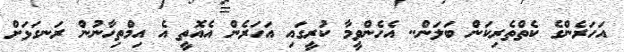
އަަަަހަރެންގެ ކެތްތެރިކަން ބަލަން.. އެެެެެހެންވީމާ ކުރީގައި އަހަރެން އެއޮތީ އެެ އިމްތިހާނުން ރަނގަަަަޅަށް